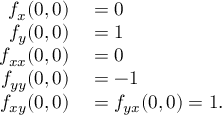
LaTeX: \begin{array} { r l } { f _ { x } ( 0 , 0 ) } & { { } = 0 } \\ { f _ { y } ( 0 , 0 ) } & { { } = 1 } \\ { f _ { x x } ( 0 , 0 ) } & { { } = 0 } \\ { f _ { y y } ( 0 , 0 ) } & { { } = - 1 } \\ { f _ { x y } ( 0 , 0 ) } & { { } = f _ { y x } ( 0 , 0 ) = 1 . } \end{array}